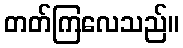
တတ်ကြလေသည်။